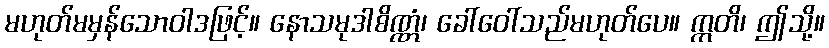
မဟုတ်မမှန်သောဝါဒဖြင့်။ နောသမုဒါစိဏ္ဏံ၊ ခေါ်ဝေါ်သည်မဟုတ်ပေ။ ဣတိ၊ ဤသို့။